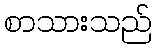
စာသားသည်